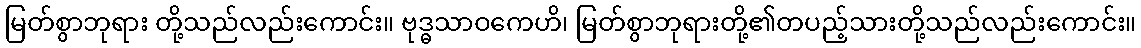
မြတ်စွာဘုရား တို့သည်လည်းကောင်း။ ဗုဒ္ဓသာဝကေဟိ၊ မြတ်စွာဘုရားတို့၏တပည့်သားတို့သည်လည်းကောင်း။